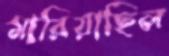
মারিয়াছিল